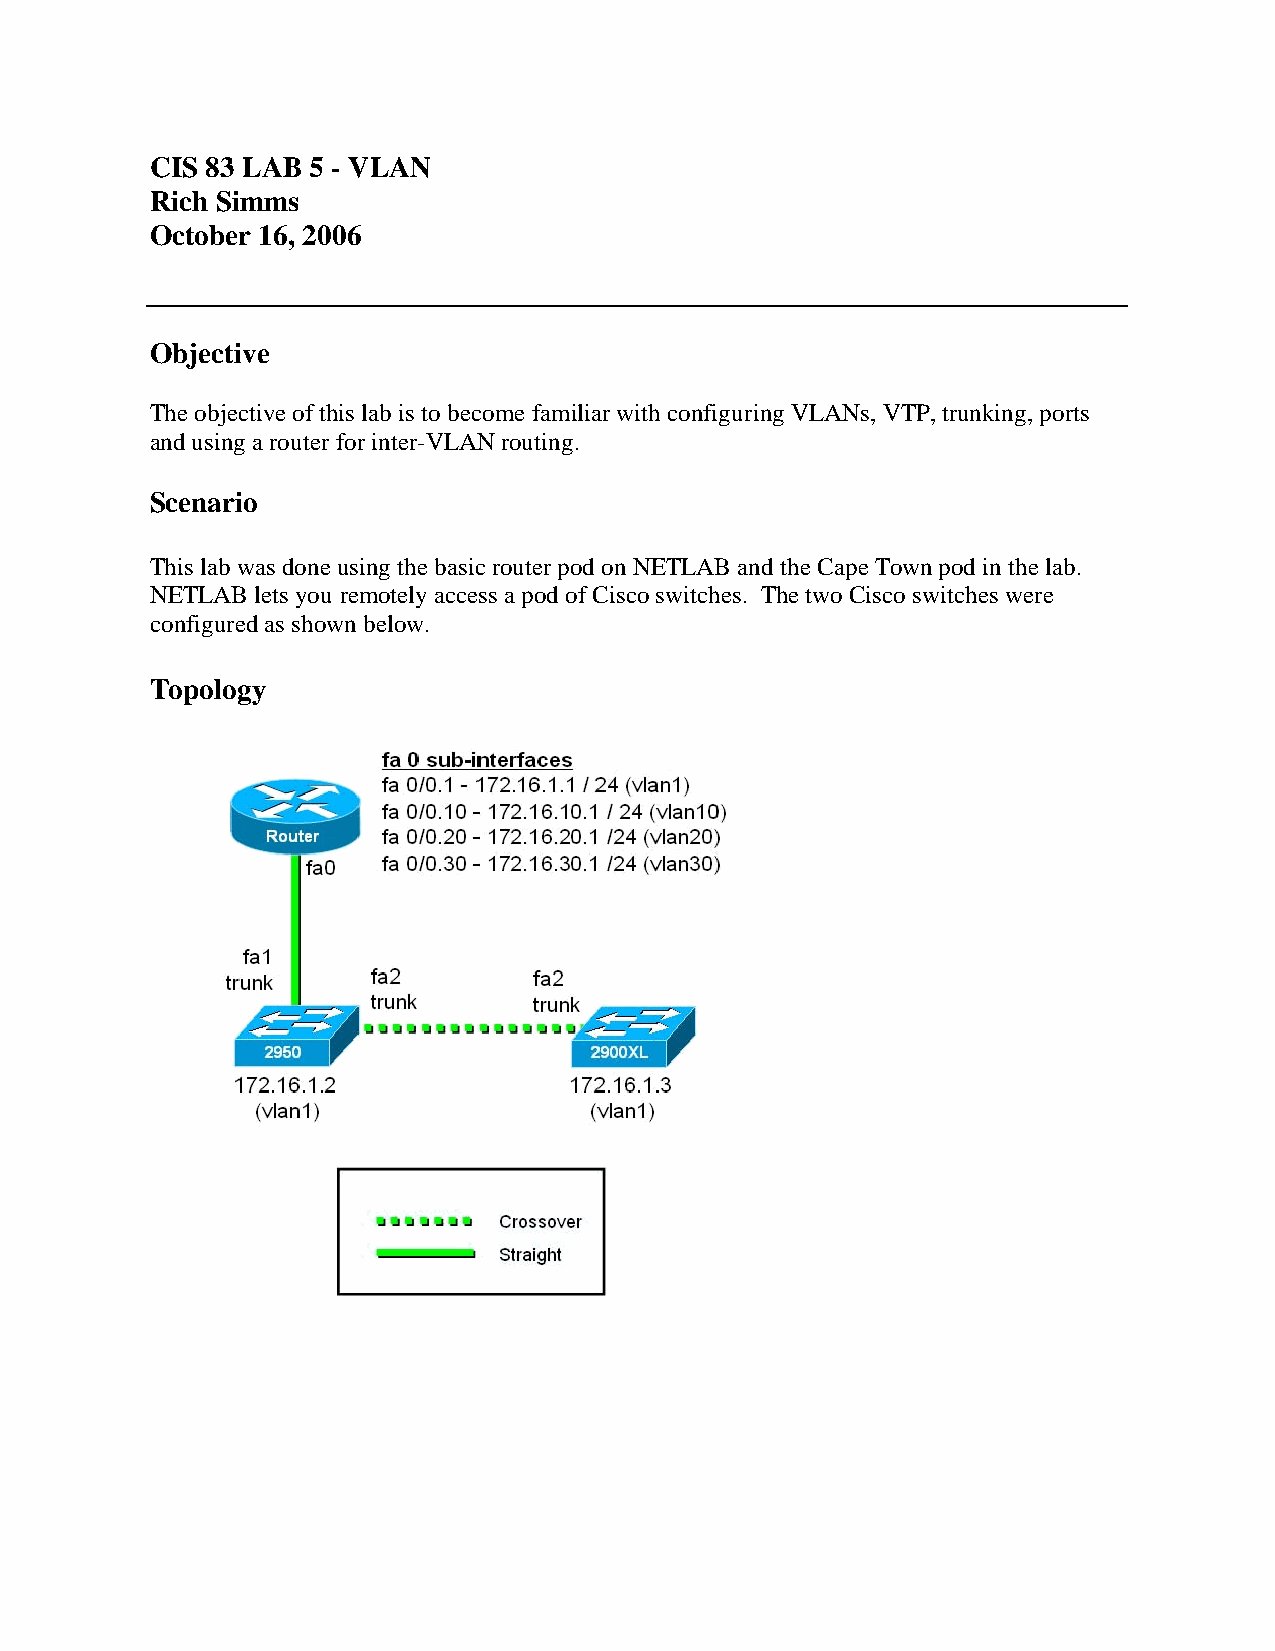
CIS 83 LAB 5 - VLAN
 Rich Simms
 October 16, 2006
 Objective
 The objective of this lab is to become familiar with configuring VLANs, VTP, trunking, ports
 and using a router for inter-VLAN routing.
 Scenario
 This lab was done using the basic router pod on NETLAB and the Cape Town pod in the lab.
 NETLAB lets you remotely access a pod of Cisco switches. The two Cisco switches were
 configured as shown below.
 Topology